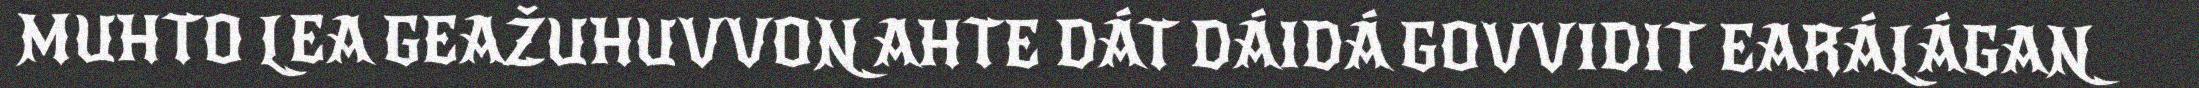
MUHTO LEA GEAŽUHUVVON AHTE DÁT DÁIDÁ GOVVIDIT EARÁLÁGAN